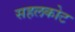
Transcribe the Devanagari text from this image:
सहलकोट